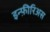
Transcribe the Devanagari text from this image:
इन्फ़ीरिअस